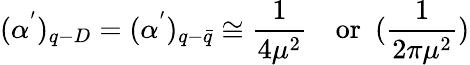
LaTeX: (\alpha^{'})_{q-D}=(\alpha^{'})_{q-\bar{q}}\cong\frac{1}{4\mu^{2}}~~~~\mathrm{or}~~(\frac{1}{2\pi\mu^{2}})